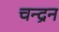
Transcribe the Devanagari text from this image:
चन्‍द्रन